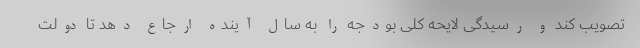
تصویب کند و رسیدگی لایحه کلی بودجه را به سال آینده ارجاع دهد تا دولت